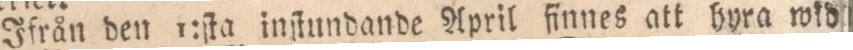
Ifrån den 1:ſta inſtundande April finnes att hyra wid